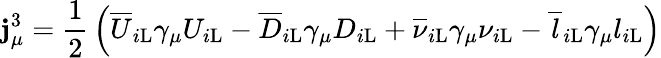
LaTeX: \mathbf{j}_{\mu}^{3}={\frac{{1}}{{2}}}\left({\overline{{{U}}}}_{i\mathrm{{L}}}\gamma_{\mu}U_{i\mathrm{{L}}}-{\overline{{{D}}}}_{i\mathrm{{L}}}\gamma_{\mu}D_{i\mathrm{{L}}}+{\overline{{{\nu}}}}_{i\mathrm{{L}}}\gamma_{\mu}\nu_{i\mathrm{{L}}}-{\overline{{{l}}}}_{i\mathrm{{L}}}\gamma_{\mu}l_{i\mathrm{{L}}}\right)